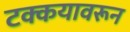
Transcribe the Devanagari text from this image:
टक्कयावरून